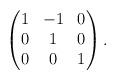
LaTeX: \begin{align*}\begin{pmatrix}1 & -1 & 0\\0 & 1 & 0\\0 & 0 & 1\end{pmatrix}.\end{align*}